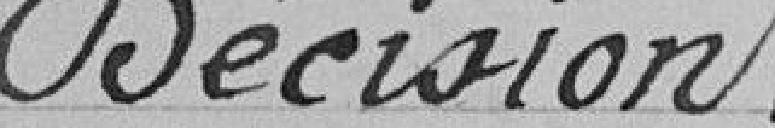
Décision